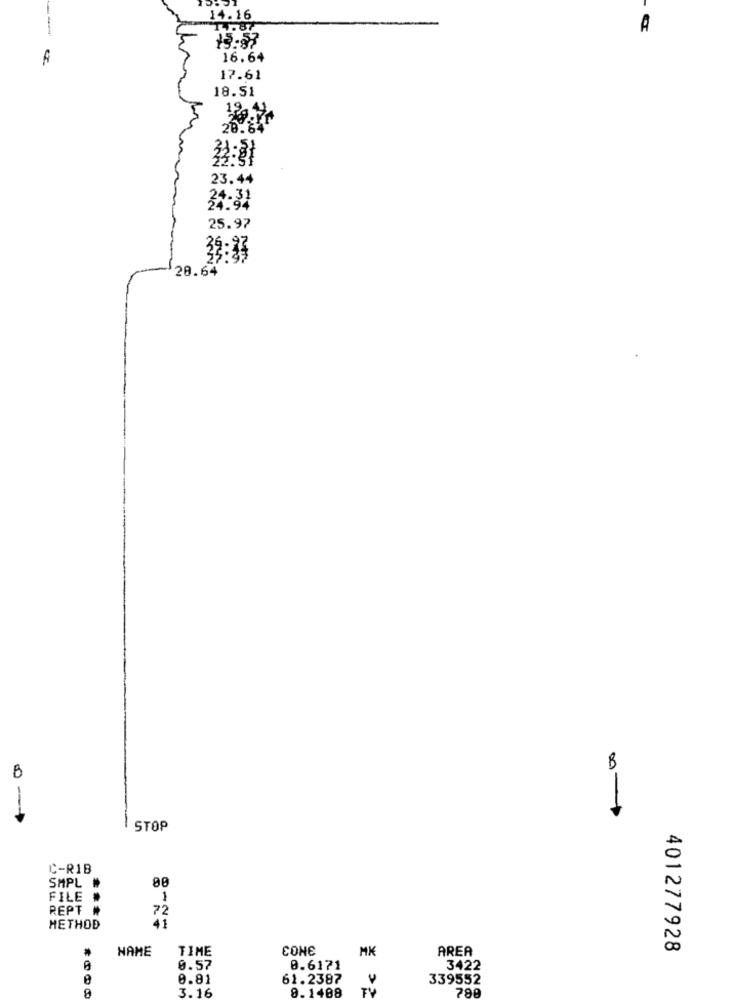
14.16
A
15:87
16.64
17.61
18.51
20.81
3: 31
23.44
25.97
39:33
$28.64
8
0 --
-
STOP
C-R1B
SMPL
88
FILE
1
REPT
72
METHOD
41
3HO3
NAME
TIME
MK
AREA
401277928
0.57
0.6171
3422
0.81
61.2387
339552
3.16
8.1408